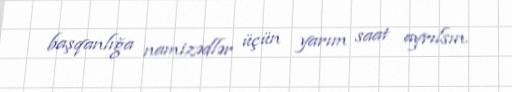
başqanlığa namizədlər üçün yarım saat ayrılsın.